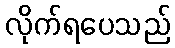
လိုက်ရပေသည်